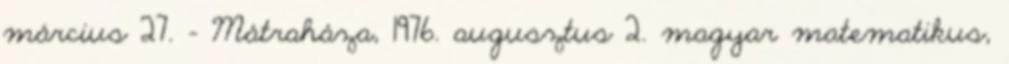
március 27. – Mátraháza, 1976. augusztus 2. magyar matematikus,